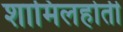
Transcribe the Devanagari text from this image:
शामिलहोती